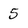
Character: 5